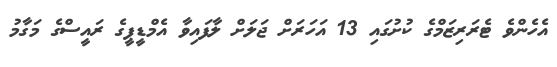
އެހެންވެ ޓެރަރިޒަމްގެ ކުށުގައި 13 އަހަރަށް ޖަލަށް ލާފައިވާ އެމްޑީޕީގެ ރައީސްގެ މަގާމު